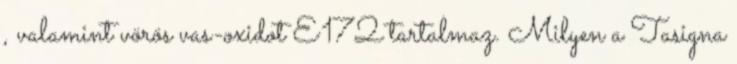
, valamint vörös vas-oxidot E172 tartalmaz. Milyen a Tasigna